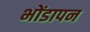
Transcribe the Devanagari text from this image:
भोंडापन